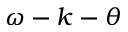
\omega - k - \theta